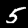
Digit: 5